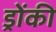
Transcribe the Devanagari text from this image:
ड्रोंकी